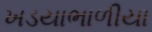
ખડયાભાળીયા